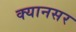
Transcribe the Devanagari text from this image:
क्यानसर